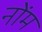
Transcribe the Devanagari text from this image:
नोंम